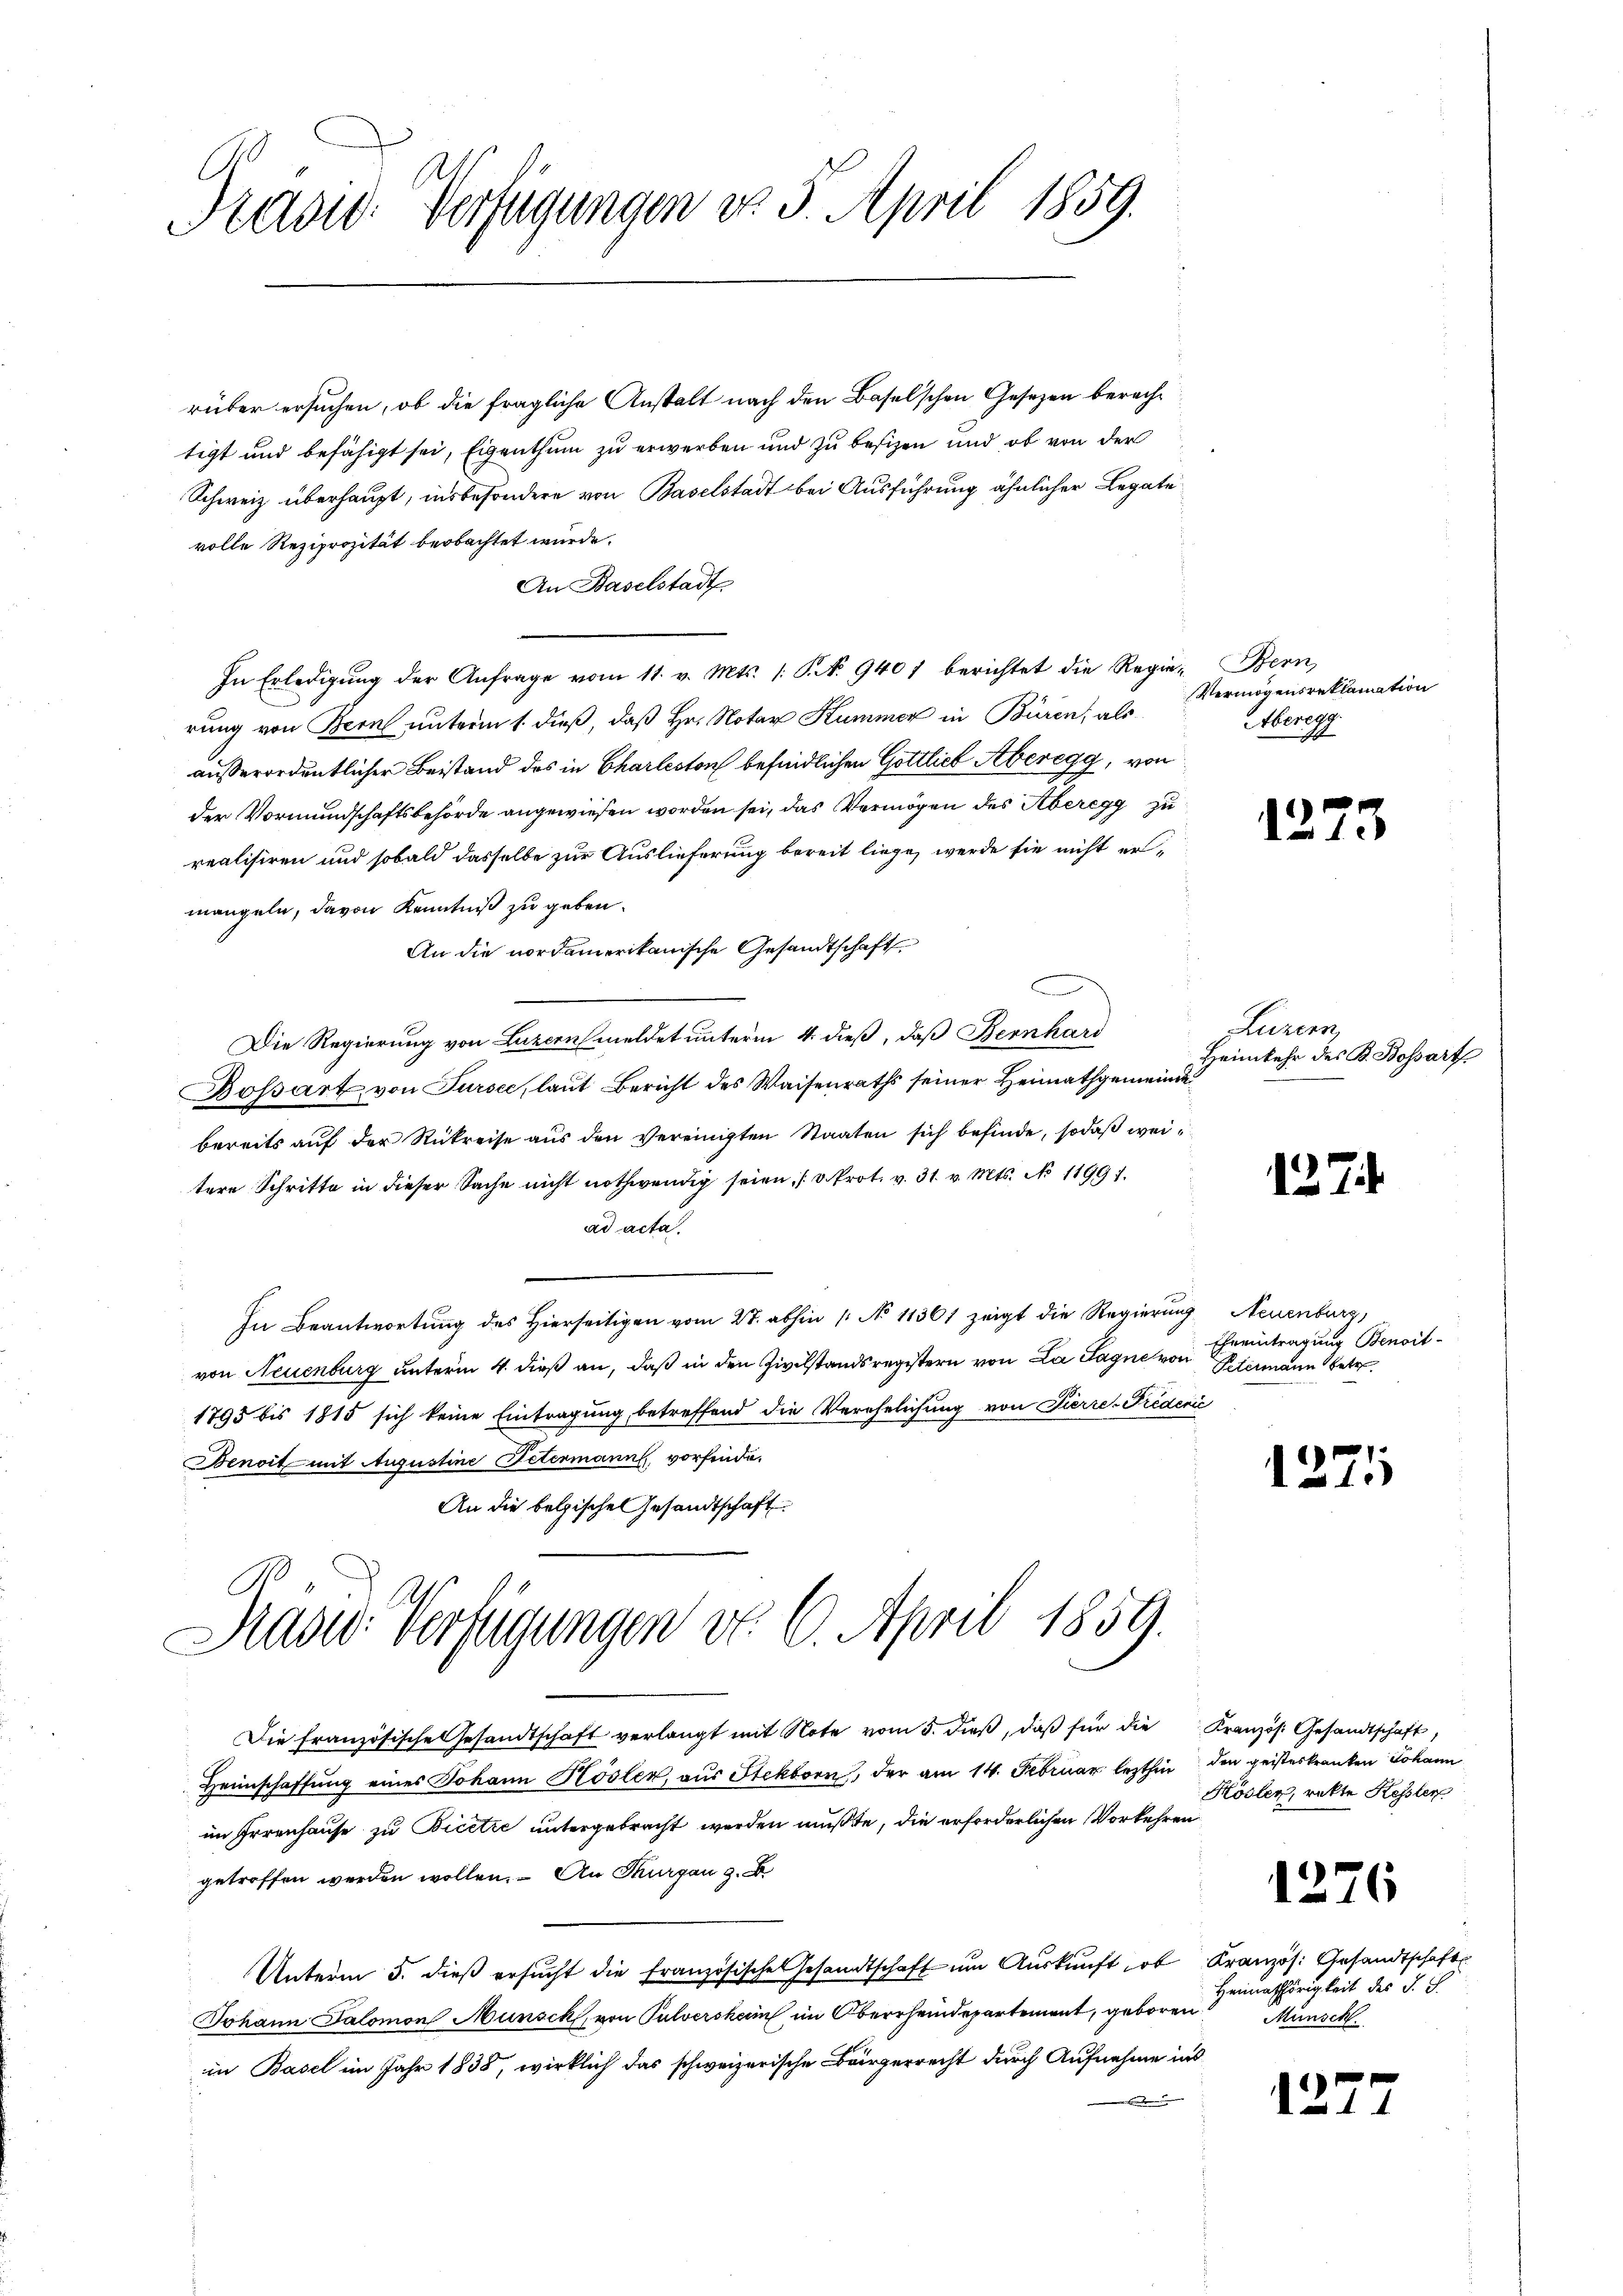
Präsid. Verfügungen do. 5. April 1859.

rüber ersuchen, ob die fragliche Anstalt nach den Baselschen Gesezen berechtigt und befähigt sei, Eigenthum zu erwerben und zu besizen und ob von der
Schweiz überhaupt, insbesondere von Baselstadt bei Ausführung ähnlicher Legate
volle Reziprozität beobachtet wurde.
An Baselstadt
In Erledigŭng der Anfrage vom 11. v. Mts. /: P. Nr. 9401 berichtet die Regie-Bern,
rung von Bern unterm 1. dieß, daß Hr. Notar Kummer in Büren, als
außerordentlicher Beistand des in Charleston befindlichen Gottlich Aberegg, von
der Vormundschaftsbehörde angewiesen worden sei, das Vermögen des Aberegg zu
realisiren und sobald dasselbe zur Auslieferung bereit liege, werde sie nicht ermangeln, davon Kenntniß zu geben.
An die nordamerikanische Gesandtschaft
C
Die Regierung von Luzernmeldet unterm 4. dieß, daß Bernhard
Bossart von Sursee, laut Bericht des Waisenraths seiner Heimathgemeinde
bereits auf der Rükreise aus den vereinigten Staaten sich befinde, sodaß weitere Schritte in dieser Sache nicht nothwendig seien. (v. Prot. v. 31. v. Mts. No 11991.
ad acta.
In Beantwortung des hierseitigen vom 27. abhin /: No 11361 zeigt die Regierung Neuenburg,
von Neuenburg unterm 4. dieß an, daß in den Zivilstandsregistern von La Sagne von
1795 bis 1815 sich keine Eintragung betreffend die Verehelichung von Pierre-Freden
Benoit mit Augustine Petermann, vorfinde.
An die belgischen Gesandtschaft
Rasid. Verfügungen No. 6. April 1859.
Die französische Gesandtschaft verlangt mit Note vom 5. dieβ, daβ für die Kranzös. Gesandtschaft,
Heimschaffung eines Johann Hösler, aus Stekborn, der am 14. Februar lezthin
im Irrenhause zu Bicetze untergebracht werden mußte, die erforderlichen Vorkehren
getroffen werden wollen. An Thurgau z. B.
Unterm 5. dieß ersucht die französische Gesandtschaft um Auskunft, sob
Johann Salomon Munsck, von Pulversheim im Oberrheindepartement, geboren
in Basel im Jahr 1838, wirklich das schweizerische Bürgerrecht durch Aufnahme ins
de

Vermögensreklamation
Aberegg

1273

Luzern,
Heimkehr des B. Bossart

12.

Eheeintragung Benoit-
Petermann betr

1271)

den geisteskranken Johann
Kösler, rekte Kessler

1276

Kranzös. Gesandtschaft
Heimathörigkeit des S. S.
Münsch

12.